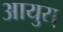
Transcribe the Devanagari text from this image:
आयुस्‌